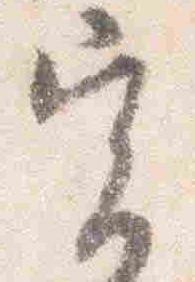
実